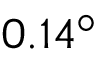
0 . 1 4 ^ { \circ }